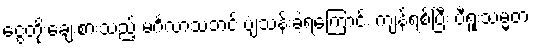
ငွေတိုးချေးစားသည့် မင်္ဂလာသဘင် ပျံသန်းခဲ့ရကြောင်း ကျန်ရစ်ပြီး ပီရူးသမ္မတ